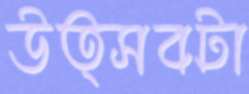
উত্সবটা